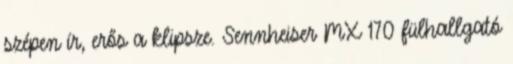
szépen ír, erős a klipsze. Sennheiser MX 170 fülhallgató